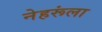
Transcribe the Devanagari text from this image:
नेहरूंला